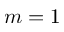
m = 1